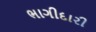
ભાગીદારી